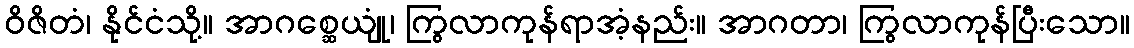
ဝိဇိတံ၊ နိုင်ငံသို့။ အာဂစ္ဆေယျုံ၊ ကြွလာကုန်ရာအံ့နည်း။ အာဂတာ၊ ကြွလာကုန်ပြီးသော။